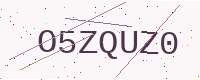
Text: O5ZQUZ0